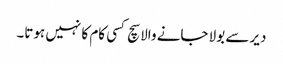
دیر سے بولا جانے والا سچ کسی کام کا نہیں ہوتا۔